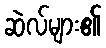
ဆဲလ်များ၏